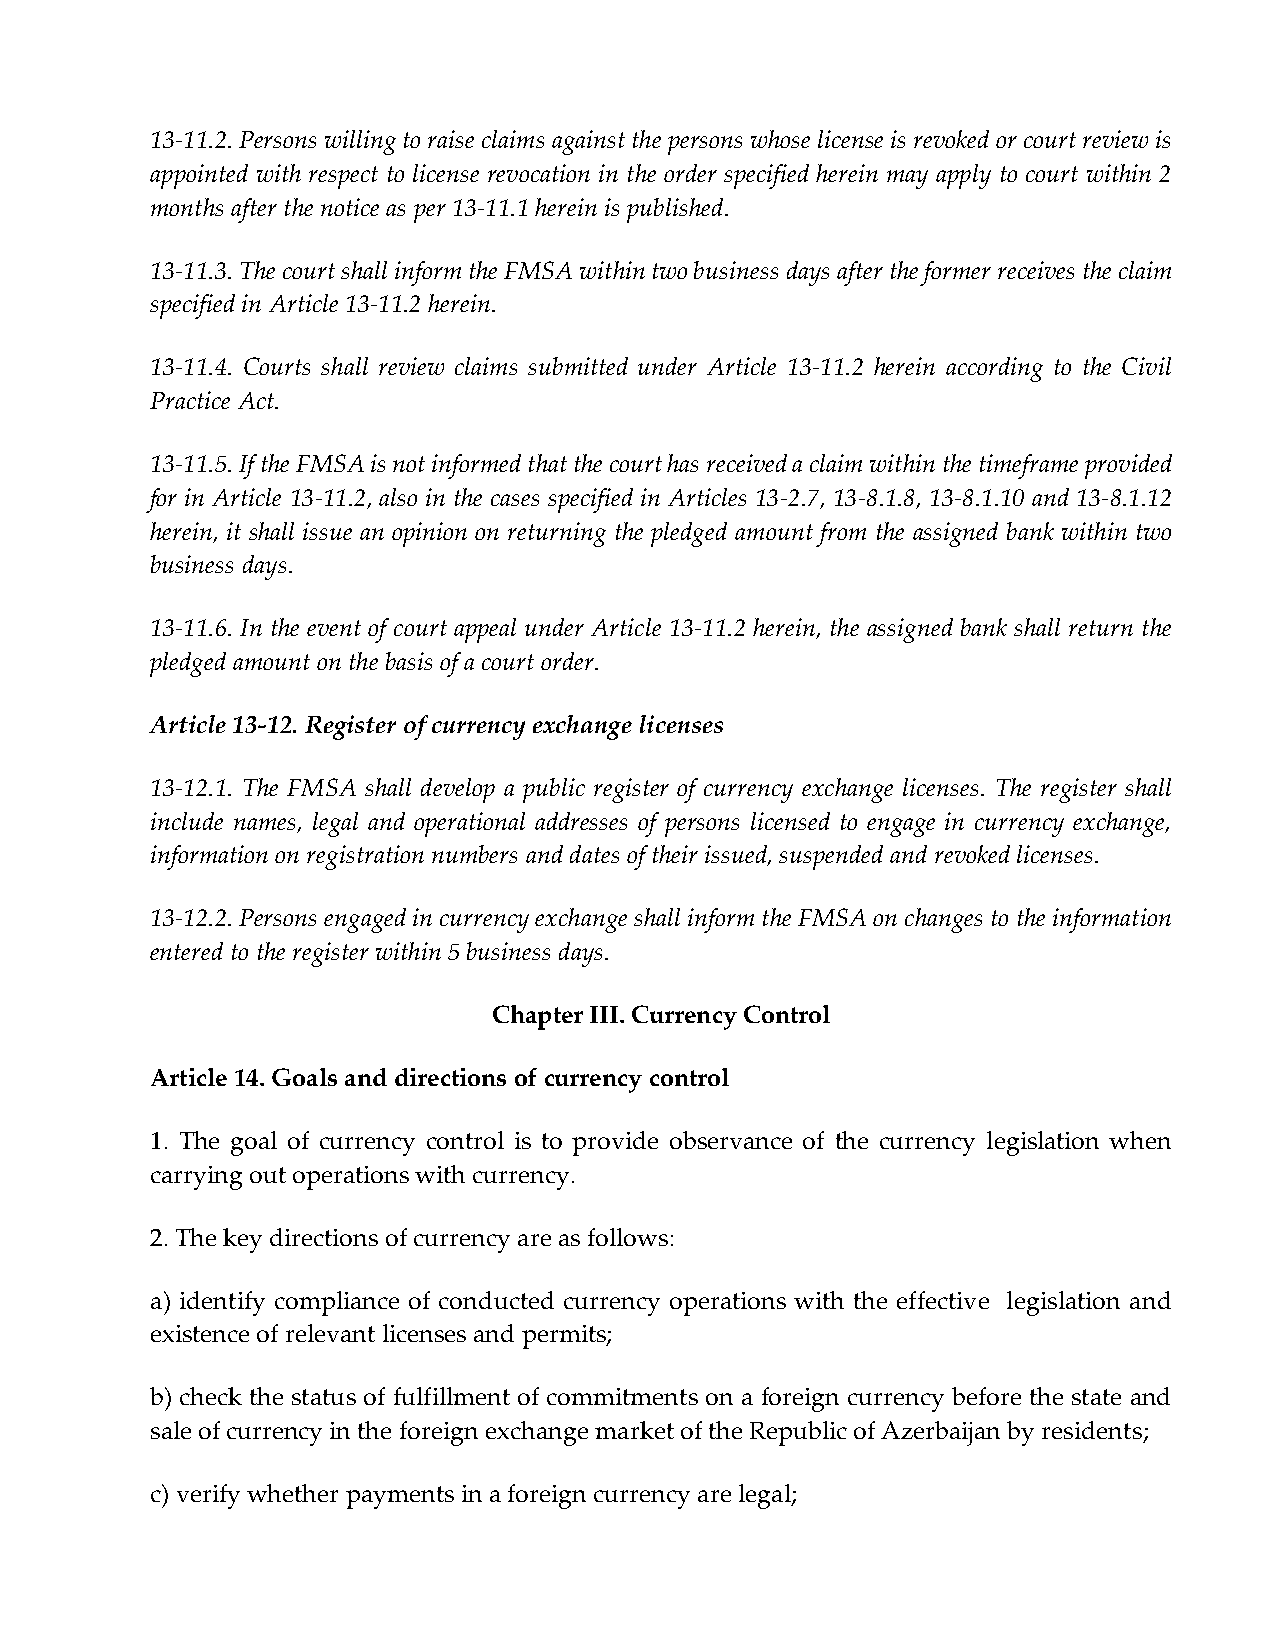
13-11.2. Persons willing to raise claims against the persons whose license is revoked or court review is
 appointed with respect to license revocation in the order specified herein may apply to court within 2
 months after the notice as per 13-11.1 herein is published.
 13-11.3. The court shall inform the FMSA within two business days after the former receives the claim
 specified in Article 13-11.2 herein.
 13-11.4. Courts shall review claims submitted under Article 13-11.2 herein according to the Civil
 Practice Act.
 13-11.5. If the FMSA is not informed that the court has received a claim within the timeframe provided
 for in Article 13-11.2, also in the cases specified in Articles 13-2.7, 13-8.1.8, 13-8.1.10 and 13-8.1.12
 herein, it shall issue an opinion on returning the pledged amount from the assigned bank within two
 business days.
 13-11.6. In the event of court appeal under Article 13-11.2 herein, the assigned bank shall return the
 pledged amount on the basis of a court order.
 Article 13-12. Register of currency exchange licenses
 13-12.1. The FMSA shall develop a public register of currency exchange licenses. The register shall
 include names, legal and operational addresses of persons licensed to engage in currency exchange,
 information on registration numbers and dates of their issued, suspended and revoked licenses.
 13-12.2. Persons engaged in currency exchange shall inform the FMSA on changes to the information
 entered to the register within 5 business days.
 Chapter III. Currency Control
 Article 14. Goals and directions of currency control
 1. The goal of currency control is to provide observance of the currency legislation when
 carrying out operations with currency.
 2. The key directions of currency are as follows:
 a) identify compliance of conducted currency operations with the effective legislation and
 existence of relevant licenses and permits;
 b) check the status of fulfillment of commitments on a foreign currency before the state and
 sale of currency in the foreign exchange market of the Republic of Azerbaijan by residents;
 c) verify whether payments in a foreign currency are legal;